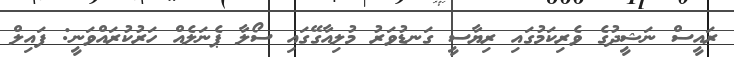
ރައީސް ނަޝީދުގެ ވެރިކަމުގައި ރިޔާސީ ގަނޑުވަރު މުލިއާގޭގައި ސޯލާ ޕެނަލެއް ހަރުކުރައްވަނީ: ފައިލް